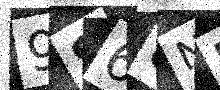
Text: 9S68NN